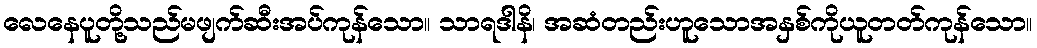
လေနေပူတို့သည်မဖျက်ဆီးအပ်ကုန်သော။ သာရဒါနိ၊ အဆံတည်းဟူသောအနှစ်ကိုယူတတ်ကုန်သော။